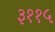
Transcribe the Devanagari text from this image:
३११५